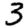
Digit: 3